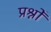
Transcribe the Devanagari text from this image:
प्रश्नोँ